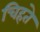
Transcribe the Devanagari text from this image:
चिहते